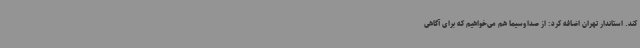
کند. استاندار تهران اضافه کرد: از صداوسیما هم می‌خواهیم که برای آگاهی